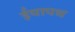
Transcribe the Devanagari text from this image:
ईयापथ